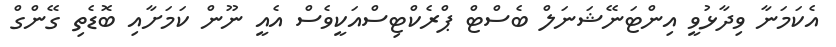
އެކަމަނާ ވިދާޅުވީ އިންޓަނޭޝަނަލް ބެސްޓް ޕްރެކްޓިސްއަކީވެސް އެއީ ނޫން ކަމަށާއި ބޮޑެތި ގޭންގް